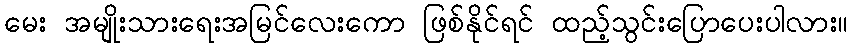
မေး အမျိုးသားရေးအမြင်လေးကော ဖြစ်နိုင်ရင် ထည့်သွင်းပြောပေးပါလား။